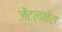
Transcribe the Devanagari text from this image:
जेंटलनेस